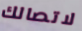
لاتصالك